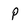
Character: P